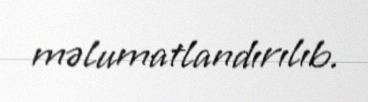
məlumatlandırılıb.